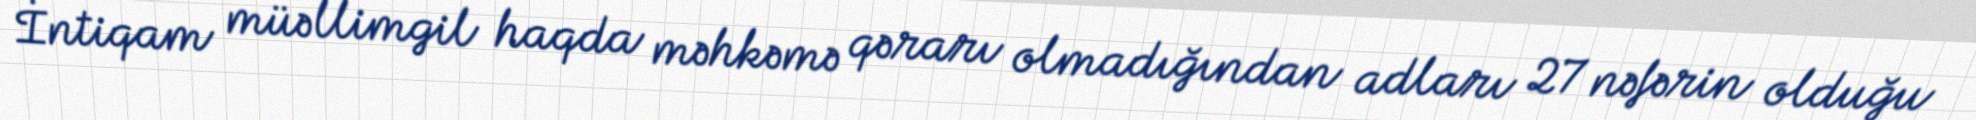
İntiqam müəllimgil haqda məhkəmə qərarı olmadığından adları 27 nəfərin olduğu